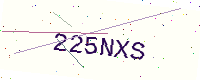
Text: 225NXS